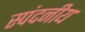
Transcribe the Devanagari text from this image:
स्पंदनीय